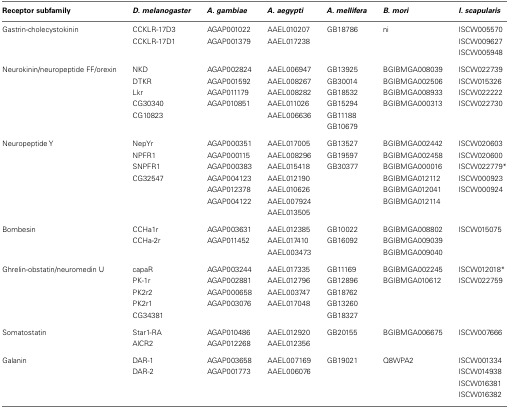
<table><thead><tr><td><b>Receptor subfamily</b></td><td><b><i>D. melanogaster</i></b></td><td><b><i>A. gambiae</i></b></td><td><b><i>A. aegypti</i></b></td><td><b><i>A. mellifera</i></b></td><td><b><i>B. mori</i></b></td><td><b><i>I. scapularis</i></b></td></tr></thead><tbody><tr><td>Gastrin-cholecystokinin</td><td>CCKLR-17D3</td><td>AGAP001022</td><td>AAEL010207</td><td>GB18786</td><td>ni</td><td>ISCW005570</td></tr><tr><td></td><td>CCKLR-17D1</td><td>AGAP001379</td><td>AAEL017238</td><td></td><td></td><td>ISCW009627</td></tr><tr><td></td><td></td><td></td><td></td><td></td><td></td><td>ISCW005948</td></tr><tr><td>Neurokinin/neuropeptide FF/orexin</td><td>NKD</td><td>AGAP002824</td><td>AAEL006947</td><td>GB13925</td><td>BGIBMGA008039</td><td>ISCW022739</td></tr><tr><td></td><td>DTKR</td><td>AGAP001592</td><td>AAEL008267</td><td>GB30014</td><td>BGIBMGA002506</td><td>ISCW015326</td></tr><tr><td></td><td>Lkr</td><td>AGAP011179</td><td>AAEL008282</td><td>GB18532</td><td>BGIBMGA008933</td><td>ISCW022222</td></tr><tr><td></td><td>CG30340</td><td>AGAP010851</td><td>AAEL011026</td><td>GB15294</td><td>BGIBMGA000313</td><td>ISCW022730</td></tr><tr><td></td><td>CG10823</td><td></td><td>AAEL006636</td><td>GB11188</td><td></td><td></td></tr><tr><td></td><td></td><td></td><td></td><td>GB10679</td><td></td><td></td></tr><tr><td>Neuropeptide Y</td><td>NepYr</td><td>AGAP000351</td><td>AAEL017005</td><td>GB13527</td><td>BGIBMGA002442</td><td>ISCW020603</td></tr><tr><td></td><td>NPFR1</td><td>AGAP000115</td><td>AAEL008296</td><td>GB19597</td><td>BGIBMGA002458</td><td>ISCW020600</td></tr><tr><td></td><td>SNPFR1</td><td>AGAP000383</td><td>AAEL015418</td><td>GB30377</td><td>BGIBMGA000016</td><td>ISCW022779*</td></tr><tr><td></td><td>CG32547</td><td>AGAP004123</td><td>AAEL012190</td><td></td><td>BGIBMGA012112</td><td>ISCW000923</td></tr><tr><td></td><td></td><td>AGAP012378</td><td>AAEL010626</td><td></td><td>BGIBMGA012041</td><td>ISCW000924</td></tr><tr><td></td><td></td><td>AGAP004122</td><td>AAEL007924</td><td></td><td>BGIBMGA012114</td><td></td></tr><tr><td></td><td></td><td></td><td>AAEL013505</td><td></td><td></td><td></td></tr><tr><td>Bombesin</td><td>CCHa1r</td><td>AGAP003631</td><td>AAEL012385</td><td>GB10022</td><td>BGIBMGA008802</td><td>ISCW015075</td></tr><tr><td></td><td>CCHa-2r</td><td>AGAP011452</td><td>AAEL017410</td><td>GB16092</td><td>BGIBMGA009039</td><td></td></tr><tr><td></td><td></td><td></td><td>AAEL003473</td><td></td><td>BGIBMGA009040</td><td></td></tr><tr><td>Ghrelin-obstatin/neuromedin U</td><td>capaR</td><td>AGAP003244</td><td>AAEL017335</td><td>GB11169</td><td>BGIBMGA002245</td><td>ISCW012018*</td></tr><tr><td></td><td>PK-1r</td><td>AGAP002881</td><td>AAEL012796</td><td>GB12896</td><td>BGIBMGA010612</td><td>ISCW022759</td></tr><tr><td></td><td>PK2r2</td><td>AGAP000658</td><td>AAEL003747</td><td>GB18762</td><td></td><td></td></tr><tr><td></td><td>PK2r1</td><td>AGAP003076</td><td>AAEL017048</td><td>GB13260</td><td></td><td></td></tr><tr><td></td><td>CG34381</td><td></td><td></td><td>GB18327</td><td></td><td></td></tr><tr><td>Somatostatin</td><td>Star1-RA</td><td>AGAP010486</td><td>AAEL012920</td><td>GB20155</td><td>BGIBMGA006675</td><td>ISCW007666</td></tr><tr><td></td><td>AlCR2</td><td>AGAP012268</td><td>AAEL012356</td><td></td></tr><tr><td>Galanin</td><td>DAR-1</td><td>AGAP003658</td><td>AAEL007169</td><td>GB19021</td><td>Q8WPA2</td><td>ISCW001334</td></tr><tr><td></td><td>DAR-2</td><td>AGAP001773</td><td>AAEL006076</td><td></td><td></td><td>ISCW014938</td></tr><tr><td></td><td></td><td></td><td></td><td></td><td></td><td>ISCW016381</td></tr><tr><td></td><td></td><td></td><td></td><td></td><td></td><td>ISCW016382</td></tr></tbody></table>